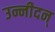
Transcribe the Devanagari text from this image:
उन्नीदन्